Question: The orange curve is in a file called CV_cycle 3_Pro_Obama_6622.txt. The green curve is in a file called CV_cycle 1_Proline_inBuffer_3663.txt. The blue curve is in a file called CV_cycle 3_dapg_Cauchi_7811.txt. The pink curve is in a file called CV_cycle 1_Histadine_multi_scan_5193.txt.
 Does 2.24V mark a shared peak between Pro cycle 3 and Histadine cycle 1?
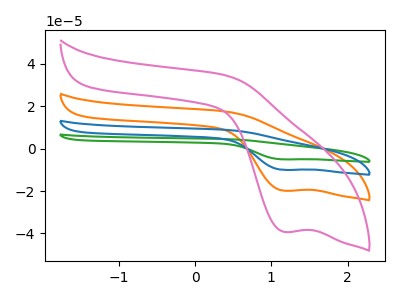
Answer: <think>The orange curve "Pro cycle 3" has a cathodic peak at: (1.15V, -19.85uA). The green curve "Proline cycle 1" has a cathodic peak at: (1.15V, -59.60uA). The blue curve "dapg cycle 3" has a cathodic peak at: (1.15V, -39.75uA). The pink curve "Histadine cycle 1" has a cathodic peak at: (1.15V, -39.25uA).</think>
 <answer>No, "Pro cycle 3" and "Histadine cycle 1" dont share a peak at 2.24V.</answer>
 <eval>mismatch</eval>